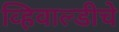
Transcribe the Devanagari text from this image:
व्हिवाल्डीचे